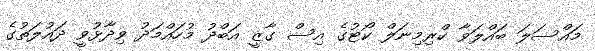
މައްސަލަ ބައްލަވާ ކްރިމިނަލް ކޯޓުގެ އިސް ގާޒީ އަބްދު މުހައްމަދު ވިދާޅުވީ ދައުލަތުގެ